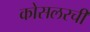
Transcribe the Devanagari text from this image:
कोसलरची